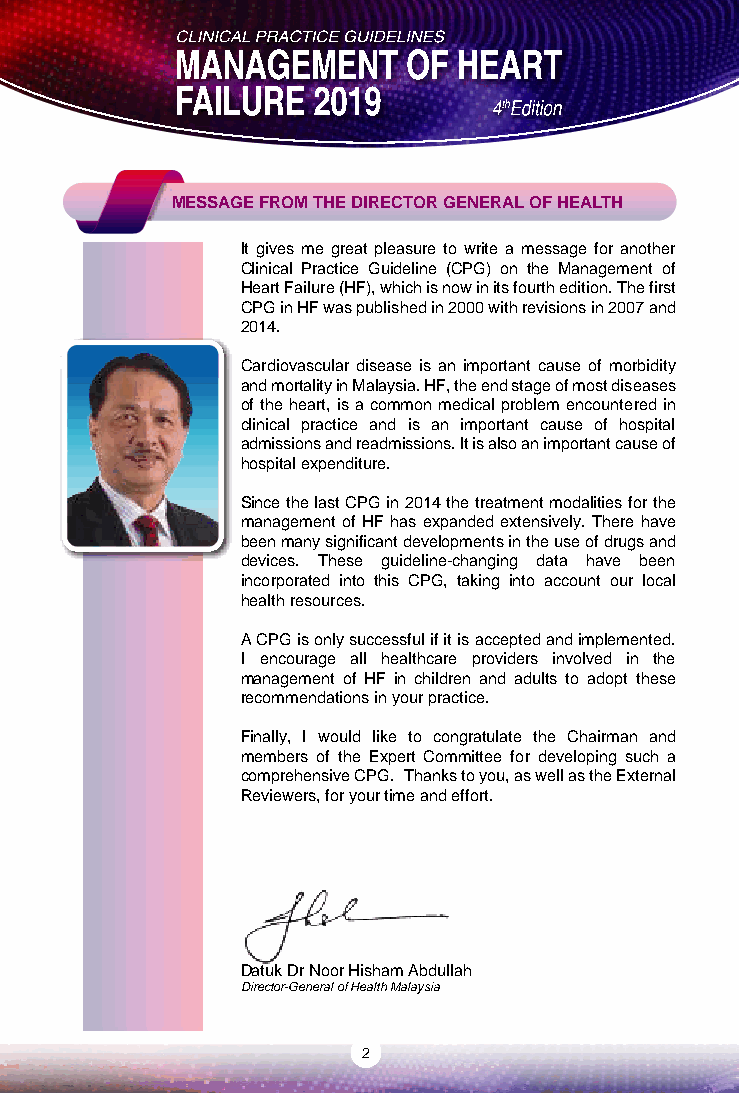
MESSAGE FROM THE DIRECTOR GENERAL OF HEALTH
 It gives me great pleasure to write a message for another
 Clinical Practice Guideline (CPG) on the Management of
 Heart Failure (HF), which is now in its fourth edition. The first
 CPG in HF was published in 2000 with revisions in 2007 and
 2014.
 Cardiovascular disease is an important cause of morbidity
 and mortality in Malaysia. HF, the end stage of most diseases
 of the heart, is a common medical problem encountered in
 clinical practice and is an important cause of hospital
 admissions and readmissions. It is also an important cause of
 hospital expenditure.
 Since the last CPG in 2014 the treatment modalities for the
 management of HF has expanded extensively. There have
 been many significant developments in the use of drugs and
 devices. These guideline-changing data have been
 incorporated into this CPG, taking into account our local
 health resources.
 A CPG is only successful if it is accepted and implemented.
 I encourage all healthcare providers involved in the
 management of HF in children and adults to adopt these
 recommendations in your practice.
 Finally, I would like to congratulate the Chairman and
 members of the Expert Committee for developing such a
 comprehensive CPG. Thanks to you, as well as the External
 Reviewers, for your time and effort.
 Datuk Dr Noor Hish am Abdullah
 Director-General of Health Malaysia
 2